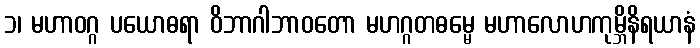
၁၊ မဟာဝဂ္ဂ ပယောဓရာ ဝိဘာဂါဘာဝတော မဟဂ္ဂတဓမ္မေ မဟာလောဟကုမ္ဘိနိရယာနံ